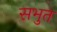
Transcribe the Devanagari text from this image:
सभुत